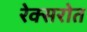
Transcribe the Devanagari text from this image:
रेक्सरोत